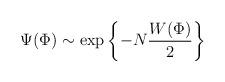
LaTeX: \begin{align*}\Psi(\Phi) \sim \exp \left\{ - N \frac{W(\Phi)}{2} \right\}\end{align*}